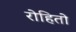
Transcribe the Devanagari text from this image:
रोहितो